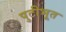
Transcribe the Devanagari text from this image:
पुटीभूत